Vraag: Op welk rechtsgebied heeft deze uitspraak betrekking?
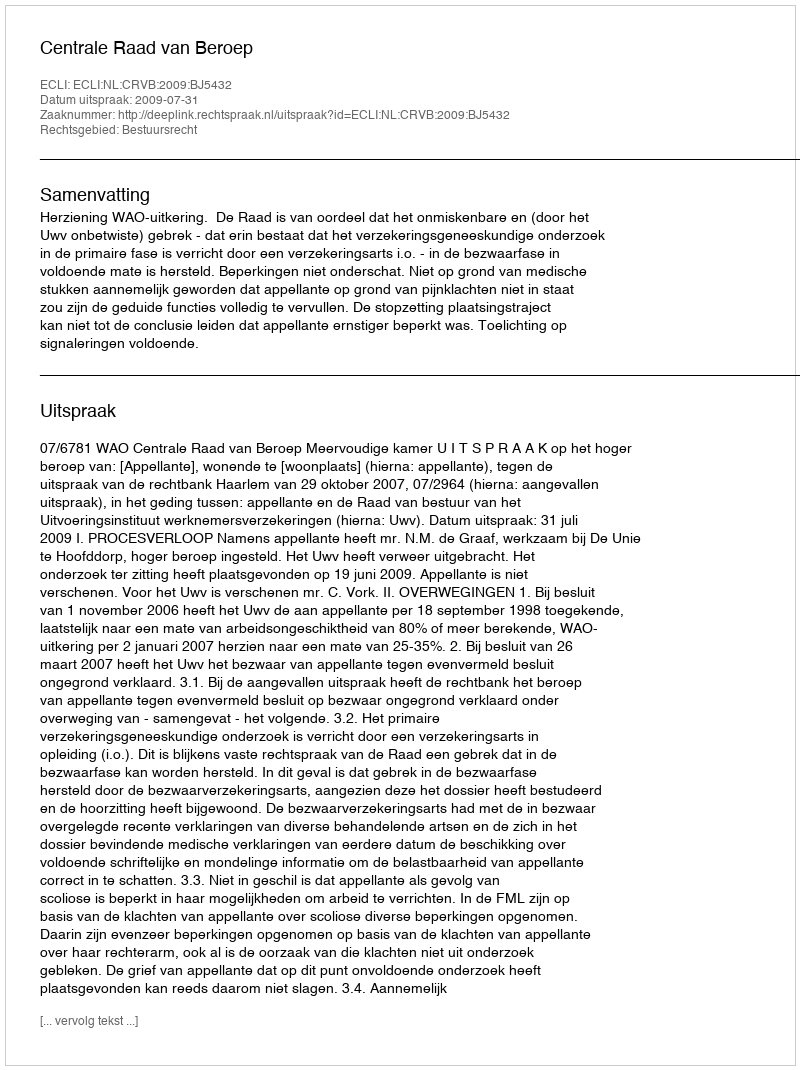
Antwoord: Bestuursrecht